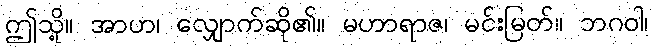
ဤသို့။ အာဟ၊ လျှောက်ဆို၏။ မဟာရာဇ၊ မင်းမြတ်။ ဘဂဝါ၊